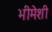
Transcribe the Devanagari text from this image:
भीमेशी